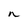
Character: n